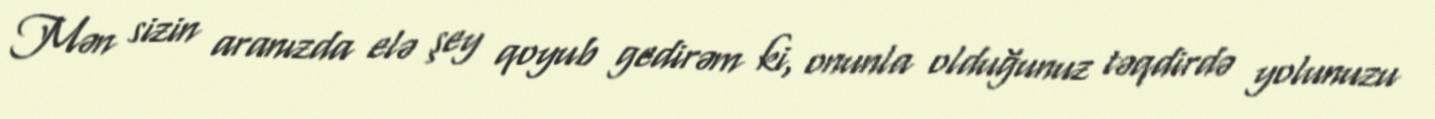
Mən sizin aranızda elə şey qoyub gedirəm ki, onunla olduğunuz təqdirdə yolunuzu